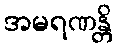
အမရဏန္တိ